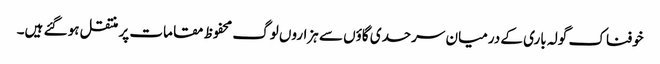
خوفناک گولہ باری کے درمیان سرحدی گاؤں سے ہزاروں لوگ محفوظ مقامات پر منتقل ہو گئے ہیں۔